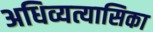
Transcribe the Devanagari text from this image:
अधिव्यत्यासिका